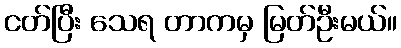
ငတ်ပြီး သေရ တာကမှ မြတ်ဦးမယ်။